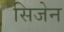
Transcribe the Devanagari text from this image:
सिजेन